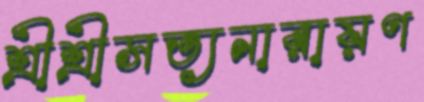
শ্রীশ্রীসত্যনারায়ণ